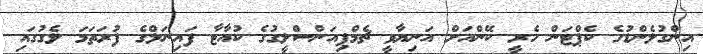
އިންގުލެންޑުގެ ކެޕްޓަން ހެރީ ކޭންއަށް އަނިޔާވީ ޗެމްޕިއަންސްލީގުގެ ކުއާޓާ ފައިނަލްގެ ފުރަތަމަ ލެގުގައި